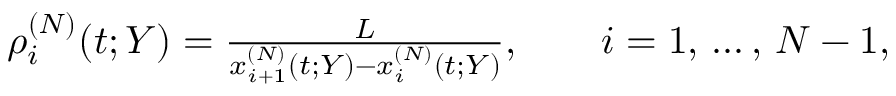
\begin{array} { r } { \rho _ { i } ^ { ( N ) } ( t ; Y ) = \frac { L } { x _ { i + 1 } ^ { ( N ) } ( t ; Y ) - x _ { i } ^ { ( N ) } ( t ; Y ) } , \qquad i = 1 , \, \dots , \, N - 1 , } \end{array}